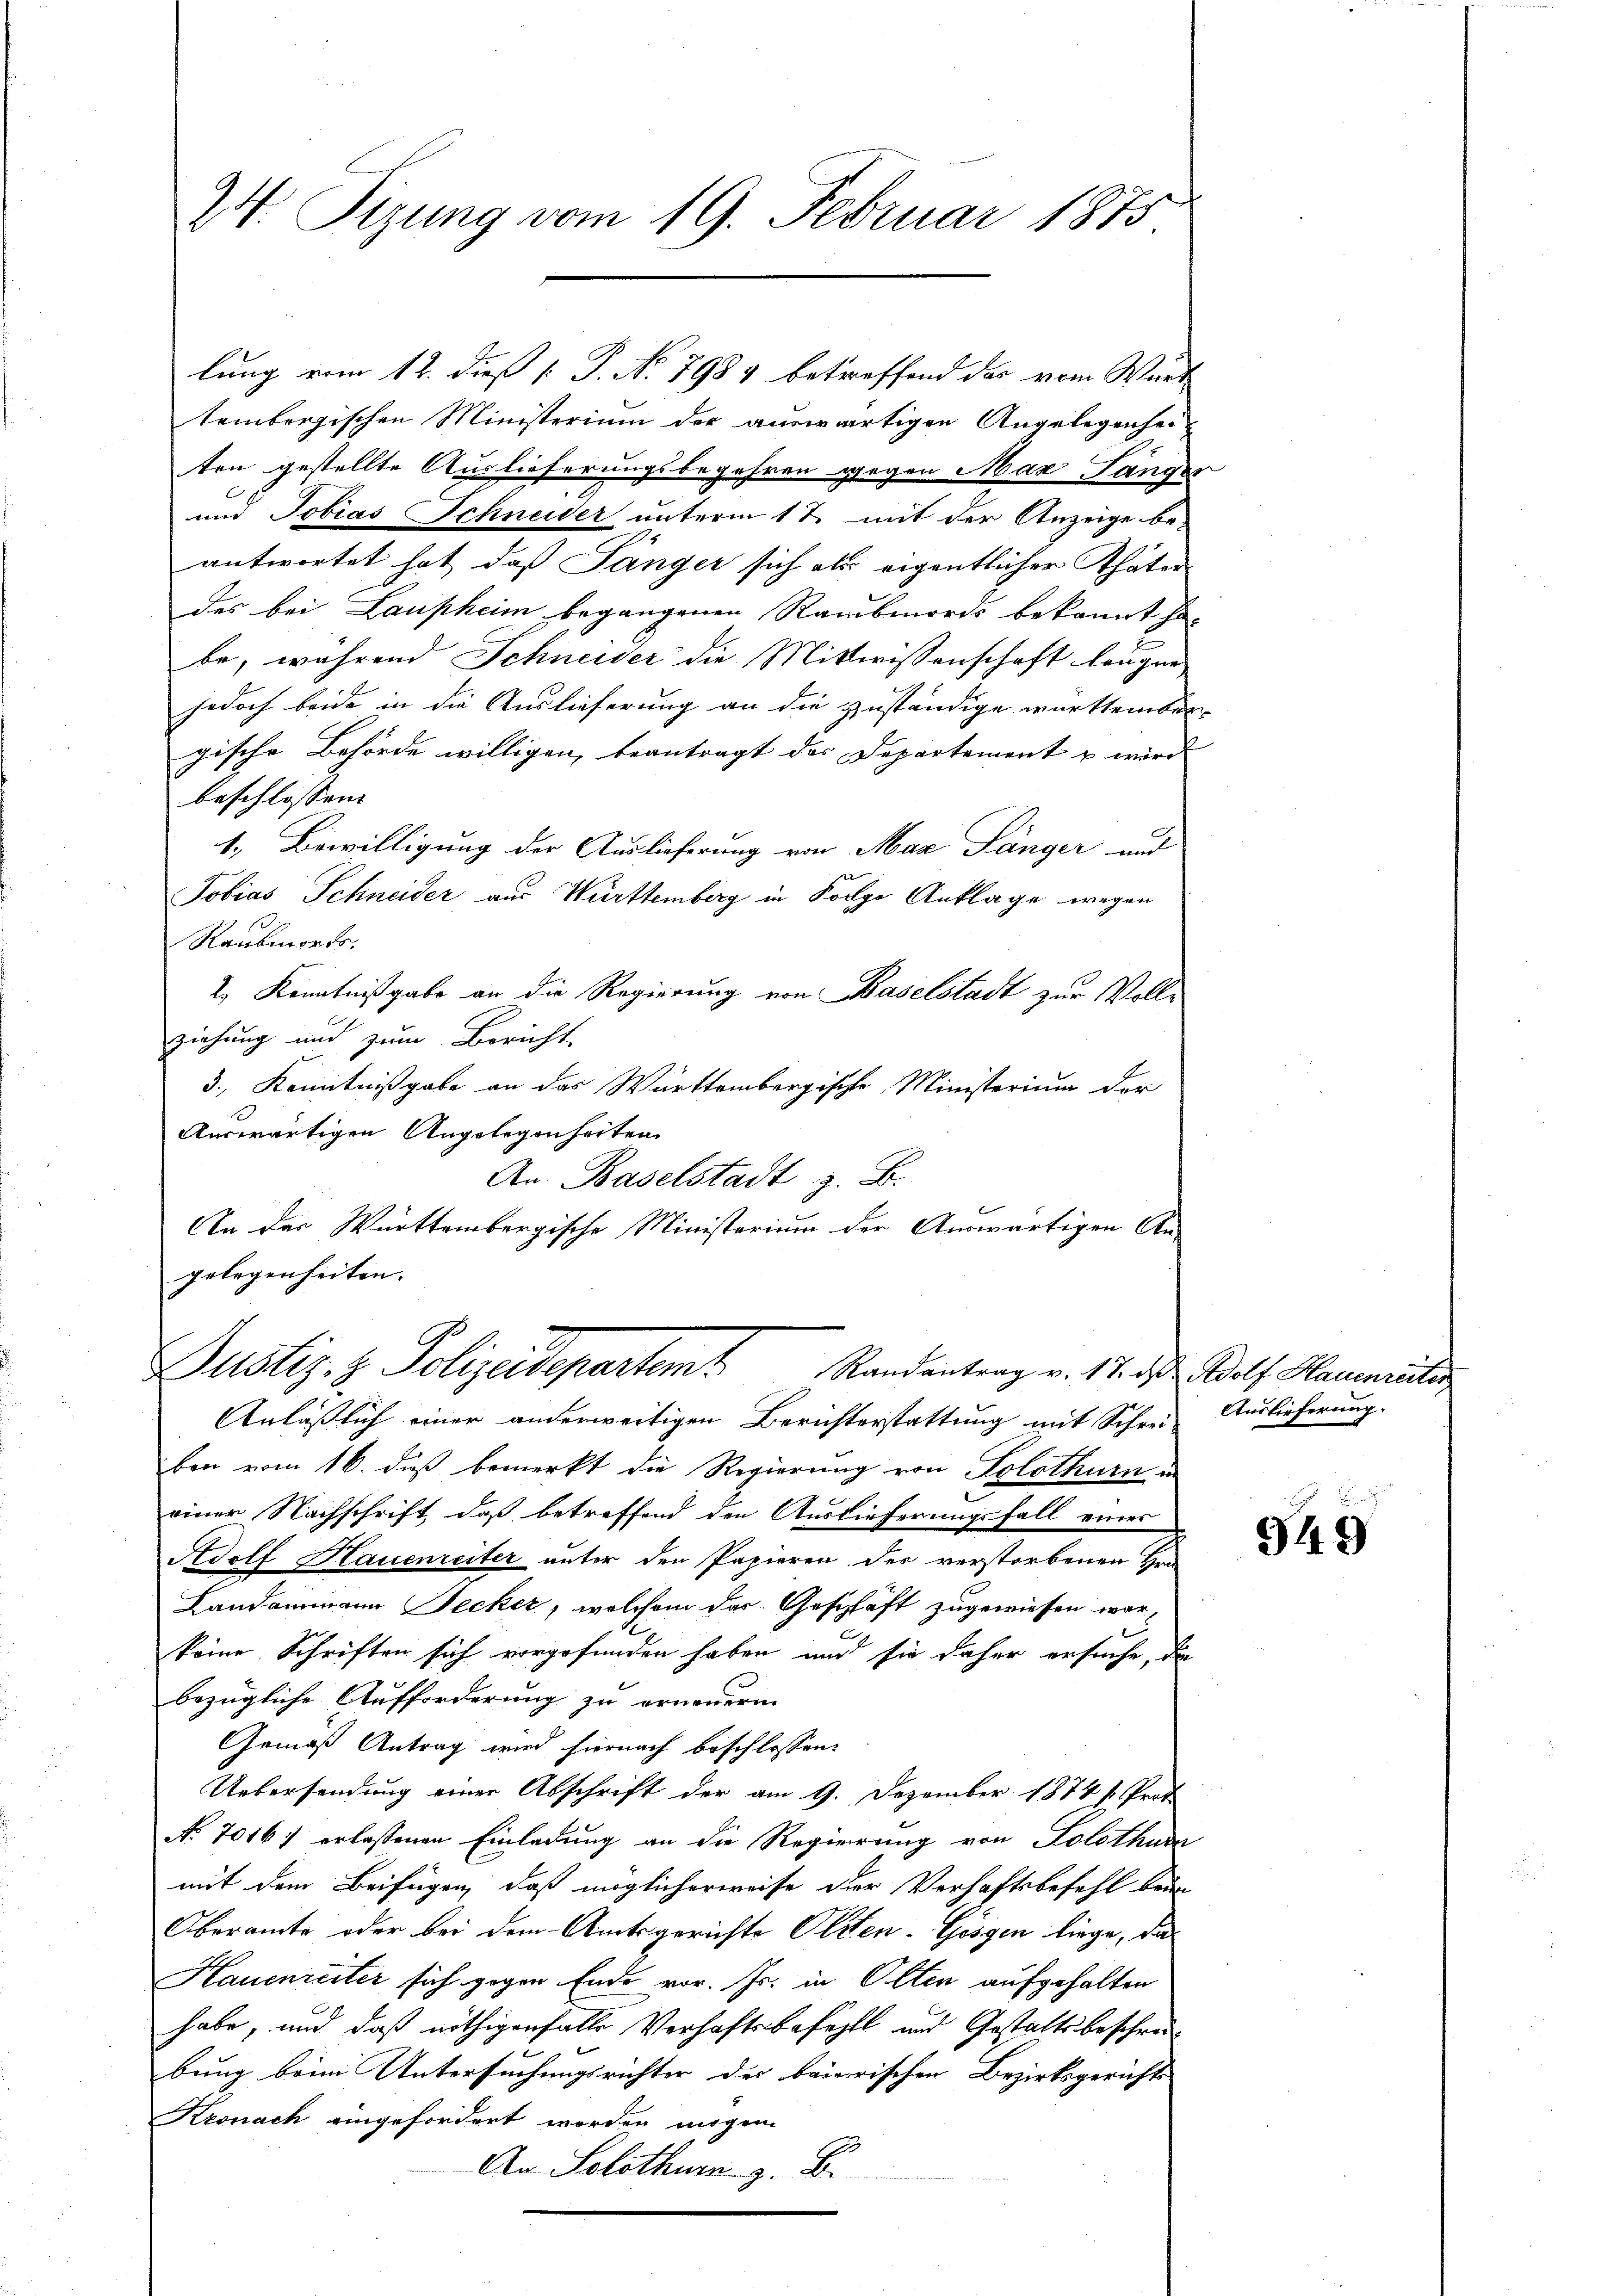
24. Tizung vom 19. Februar 1875.

tembergischen Ministerium der auswärtigen Angelegenhei
ten gestellte Auslieferungsbegehren gegen Max Langes
und Tobias Schneider unterm 17. mit der Anzeige be-
antwortet hat, daß Länger sich als eigentlicher Thäter
des bei Laupheim begangenen Raubmords bekannt ha-
be, während Schneider die Mittwissenschaft leugne
jedoch beide in die Auslieferung an die zuständige württember-
gische Behörde willigen, beantragt das Departement u wird
beschlossen
1. Bewilligung der Auslieferung von Max Sänger und
Tobias Schneider aus Württemberg in Folge Anklage wegen
Raubmorts.
2) Kenntnißgabe an die Regierung von Baselstadt zur Vollziehung und zum Bericht
3., Kenntnißgabe an das Württembergische Ministerium der
Auswärtigen Angelegenheiten
An Baselstadt z. B.
An der Württembergische Ministerium der Auswärtigen An-
gelegenheiten. |

lung vom 12. dieß [ P. No. 1984 betreffend der vom Würt

Justiz- & Polizeidepartem Randantrag v. 17. ds Adolf Mauerreicher

Anläßlich einer anderweitigen Berichterstattung mit Schrei Auslieferung.
ben vom 16. dieß bemerkt die Regierung von Solothurn in
einer Nachschrift, daß betreffend den Auslieferungsfall einer
Adolf Hauenreiter unter den Papieren der verstorbenen Hrn
Landammann Secker, welchem das Geschläft zugewiesen war,
keine Schriften sich vorgefunden haben und sie daher ersuche, da
bezügliche Aufforderung zu erneuern.
Gemäß Antrag wird hiernach beschlossen:
Uebersendung einer Abschrift der am 9. Dezember 1874 u. Prot
No 70167 erlassenen Einladung an die Regierung von Solothur
mit dem Beifügen, daß möglicherweise der Verhaftsbefehl beim
Oberamte oder bei dem Amtsgerichte Otten-Gesgen liege, das
Hauenseiter sich gegen Ende vor. Js. in Olten aufgehalten
habe, und daß nöthigenfalle Verhaftsbefehlt und Gestaltsbeschenbung beim Untersuchungsrichter der baierischen Bezirksgerichts
Kronach eingefordert worden mögen.
An Solothurn z. B.

949